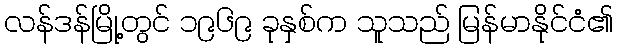
လန်ဒန်မြို့တွင် ၁၉၆၉ ခုနှစ်က သူသည် မြန်မာနိုင်ငံ၏